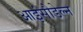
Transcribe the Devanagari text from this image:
आइंसौडेल्न